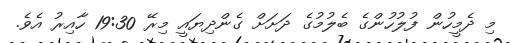
މި ދެމީހުން ފުލުހުންގެ ބެލުމުގެ ދަށަށް ގެންދިޔައީ މިރޭ 19:30 ހާއިރު އެވެ.